65_HS1-834228961_62-HQ-83894_SUB_A
Agency: FBI
Page 39
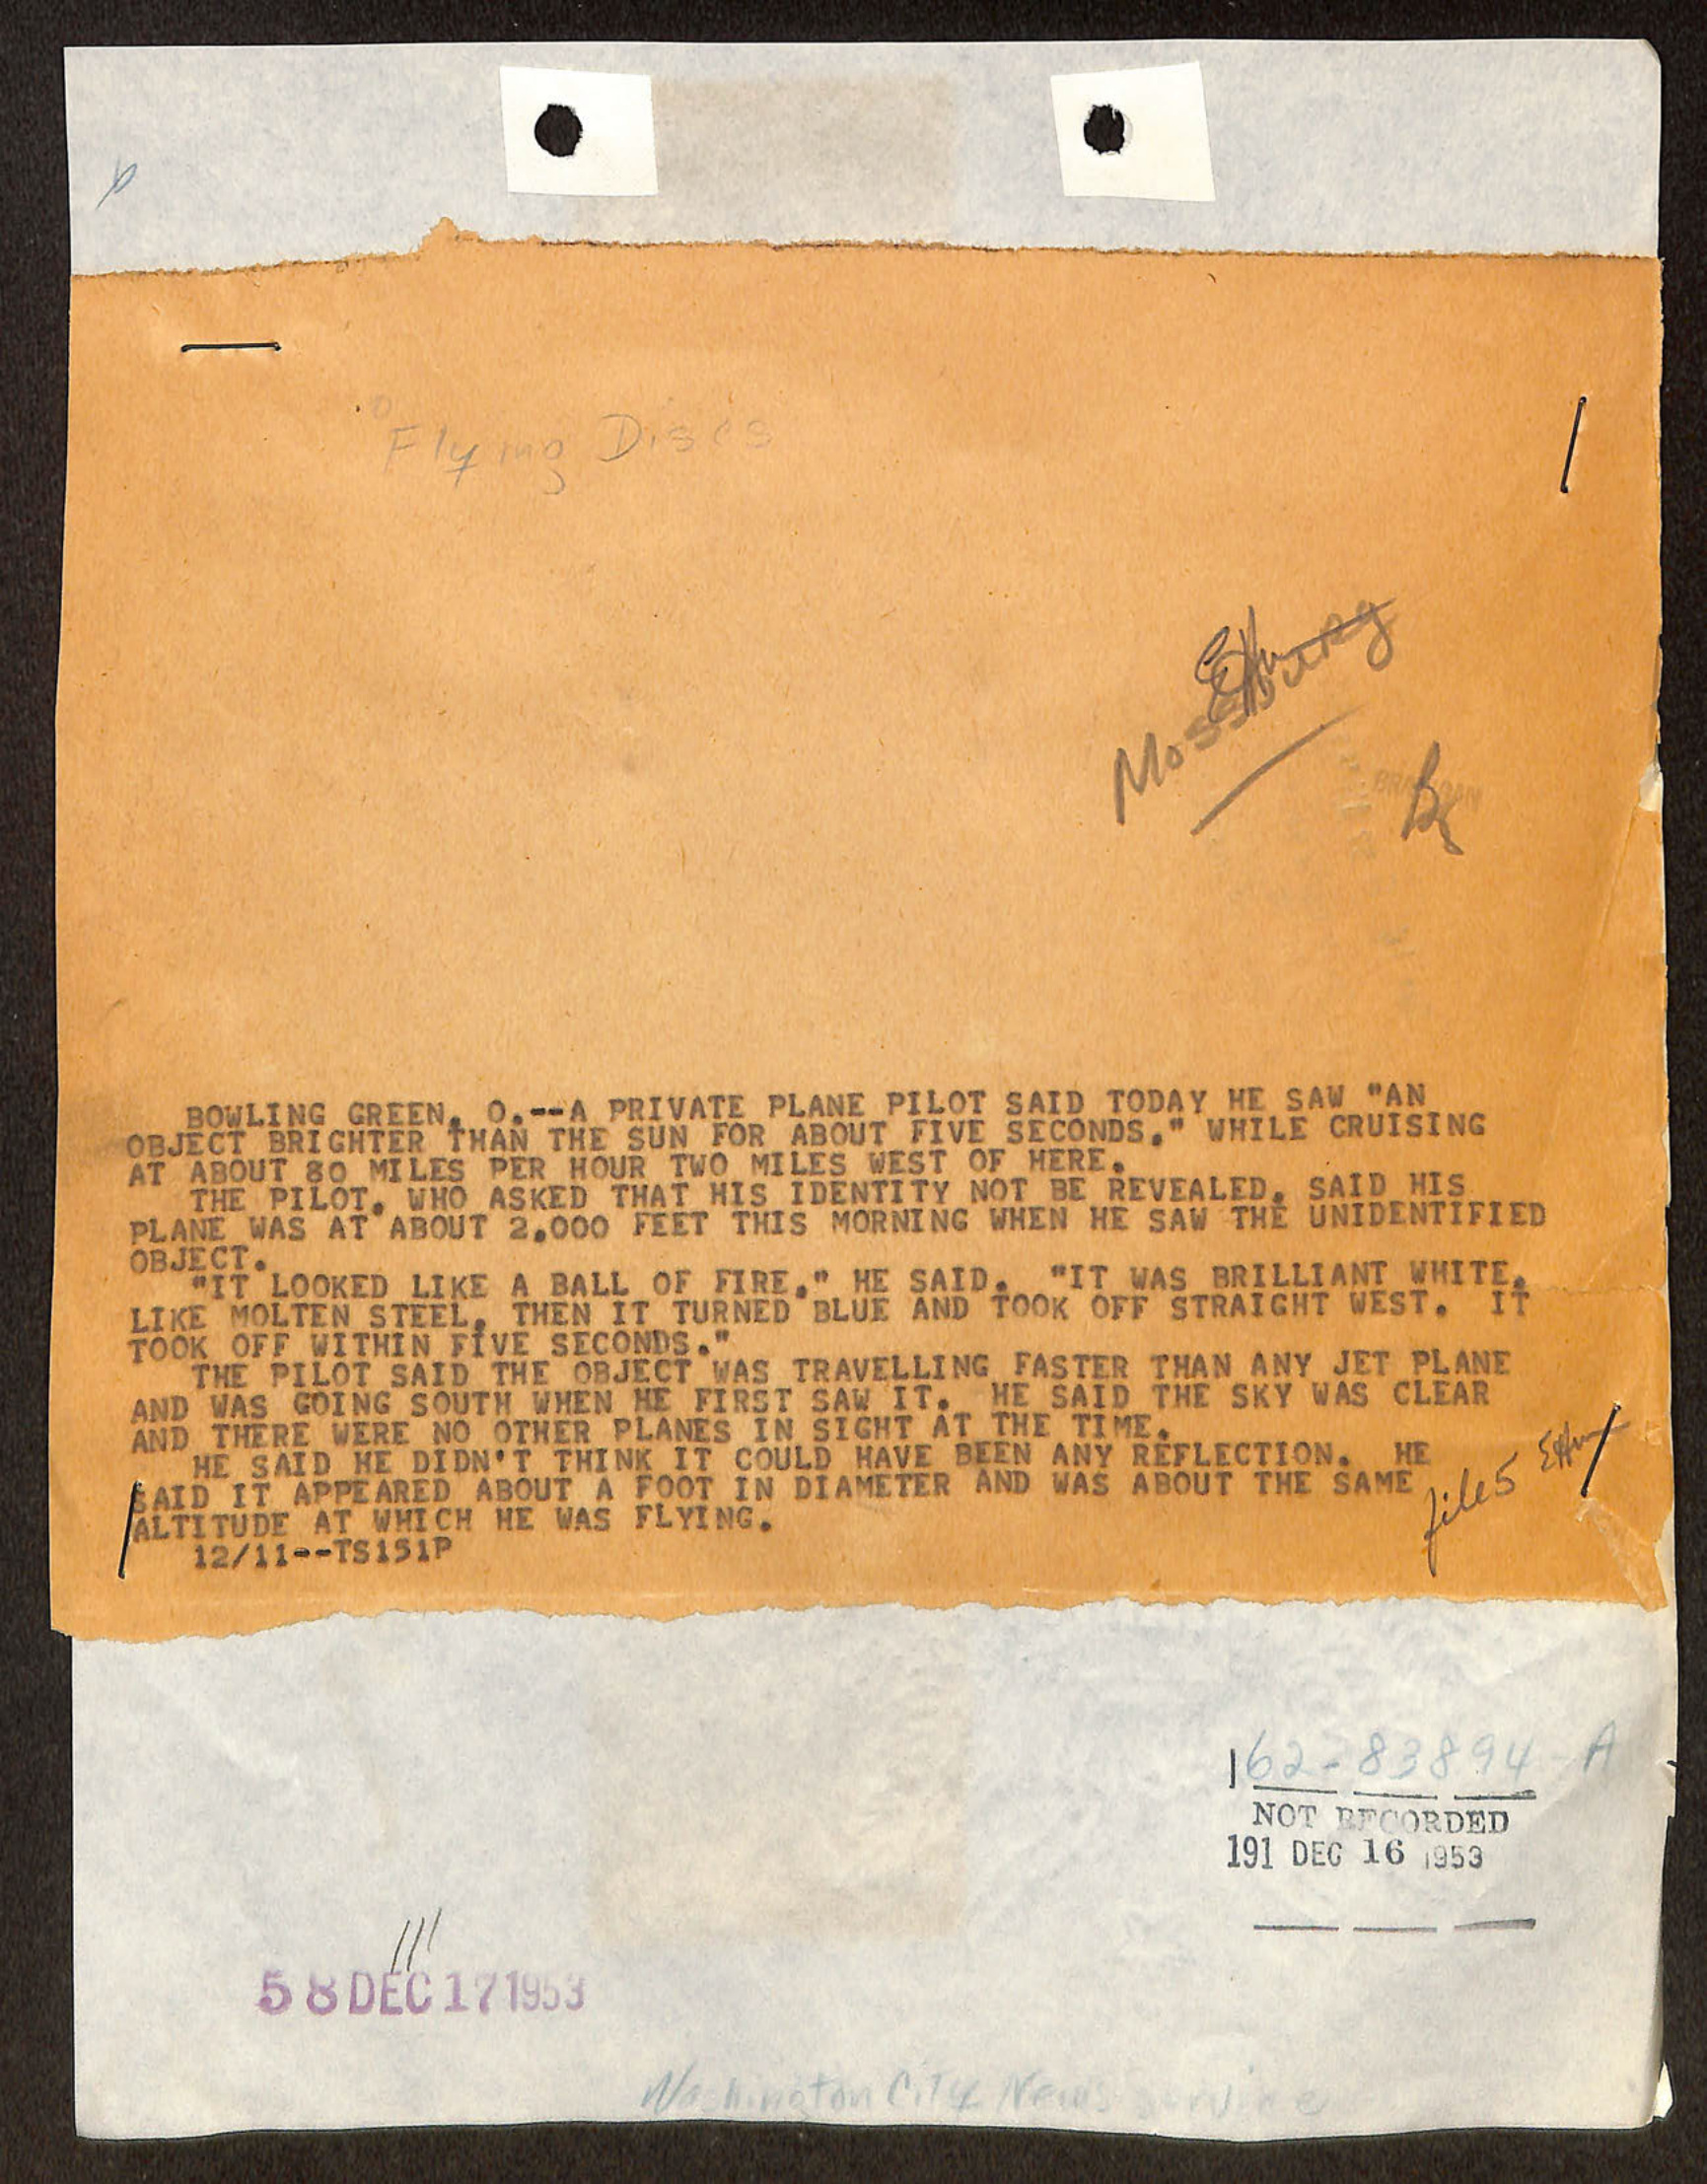